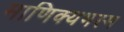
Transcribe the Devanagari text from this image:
माणिक्यभस्म